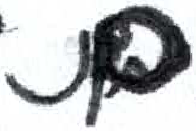
אות: ם